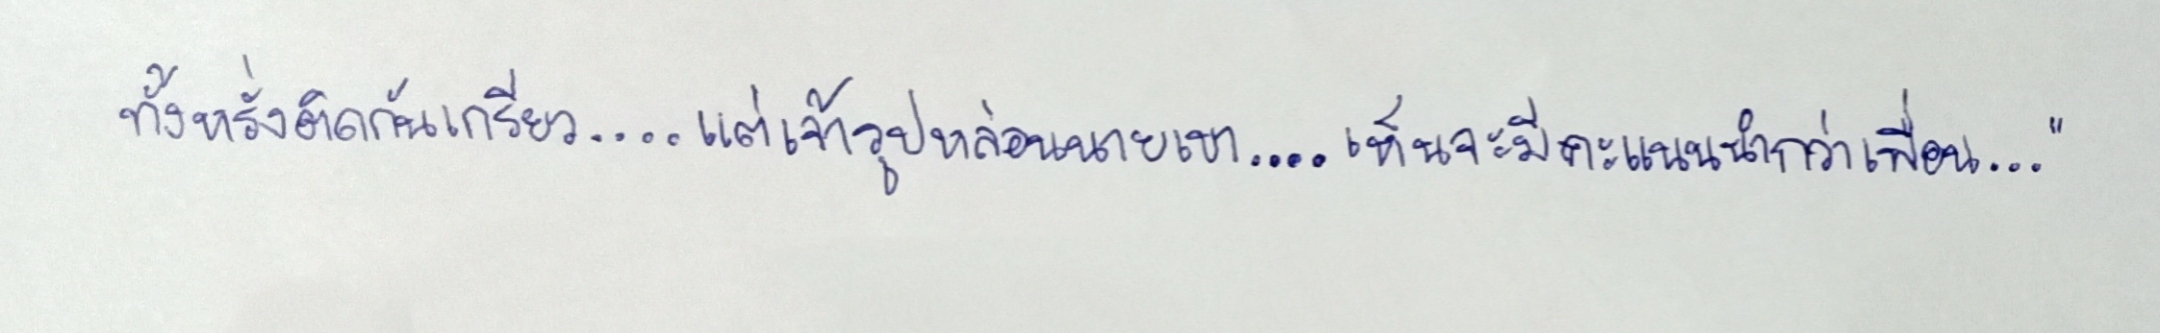
ทั้งหรั่งติดกันเกรียว....แต่เจ้ารูปหล่อนนายเขา....เห็นจะมีคะแนนนำกว่าเพื่อน..."